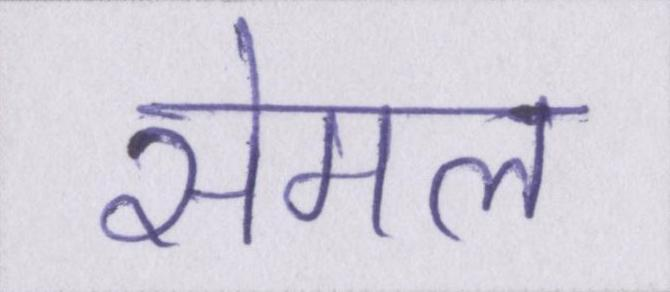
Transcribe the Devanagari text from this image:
सेमल